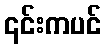
၎င်းကပင်